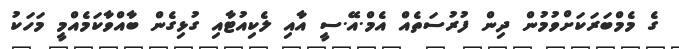
ގެ މެމްބަރަކަށްވުމުން ދިން ފުރުސަތެއް އެމް.އޭ.ސީ އާއި ލެކިއުޓާއި ގުޅިގެން ބާއްވާކަމެއްމީ މަހަކު